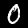
Digit: 0